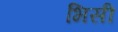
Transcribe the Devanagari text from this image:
भिसी